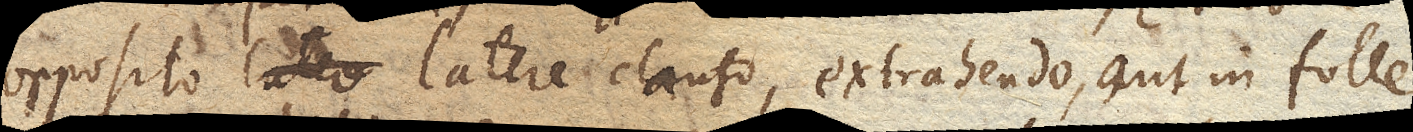
opposito latere clauso, extrahendo, aut in folle